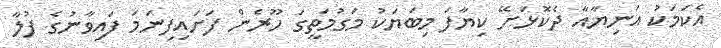
އެކަމަކު އަނިޔާއާ ދެކޮޅަށޭ ކިޔާފަ މިބަޔަކު މަގުމަތީގަ ހޫރެން ފަށައިފިނަމަ ފައިވާނުގެ ފުލާ